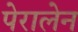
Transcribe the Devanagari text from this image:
पेरालेन